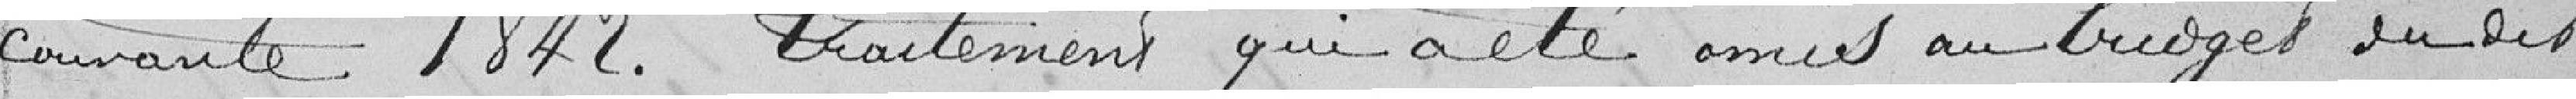
courante 1842. Traitement qui a été omis au budget dudit